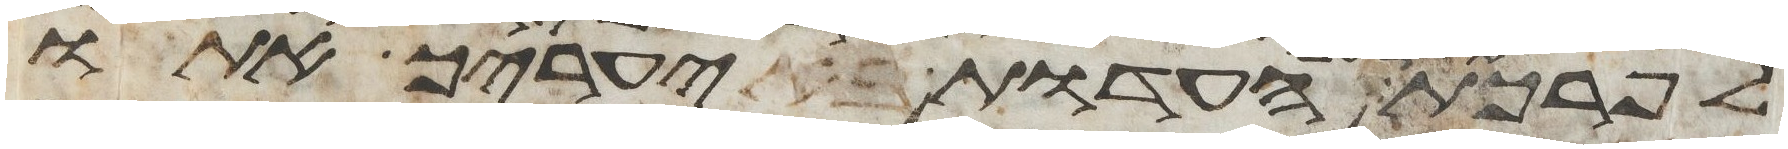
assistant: לפרכת העדות באהל מועד יערך אתו